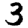
Digit: 3